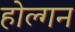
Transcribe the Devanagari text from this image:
होल्गन